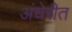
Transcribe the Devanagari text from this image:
अंधेरीत